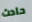
حادث